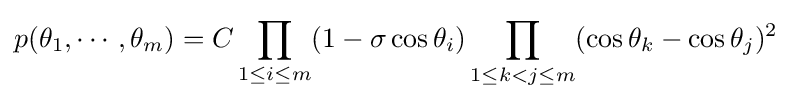
p(\theta _{1},\cdots ,\theta _{m})=C\prod _{1\leq i\leq m}(1-\sigma \cos \theta _{i})\prod _{1\leq k<j\leq m}(\cos \theta _{k}-\cos \theta _{j})^{2}~